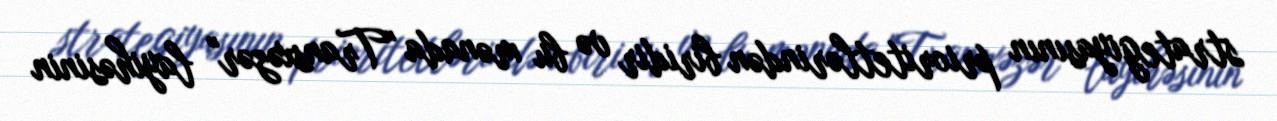
strategiyasının prioritetlərindən biridir və bu mənada "Transxəzər" layihəsinin